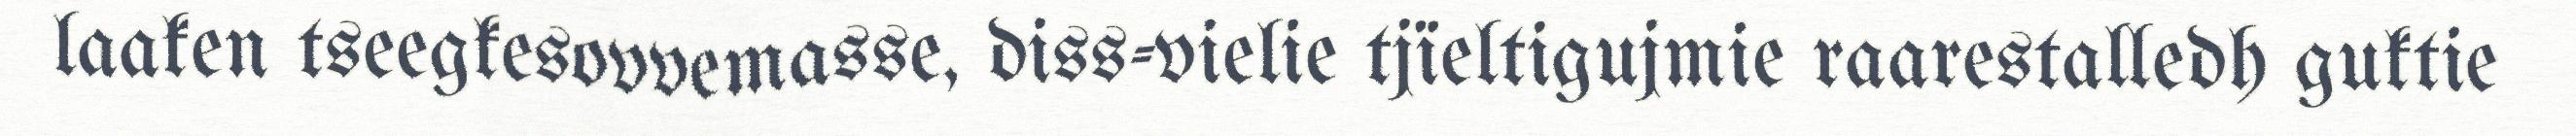
laaken tseegkesovvemasse, diss-vielie tjïeltigujmie raarestalledh guktie